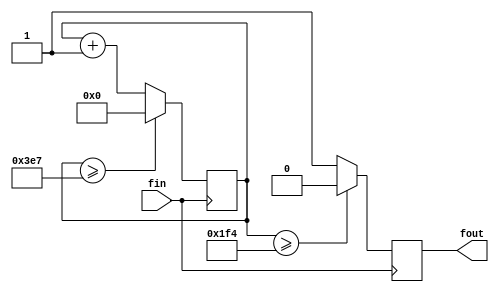
module FDIV50K(fin,fout);
	input fin;
	output fout;
	wire [31:0] _DIVN,DIVN;
	reg [31:0] count;
	reg fout;
	
	assign DIVN=32'd1000;	
	assign _DIVN = DIVN >>1;
	
	always @(posedge fin)
		if(count>=DIVN-32'd1) 
			count=0;
		else
			count = count +32'd1;
	always @ (negedge fin)
         if(count>=_DIVN)
				fout=1'd0;
			else
				fout=1'd1;
endmodule